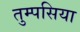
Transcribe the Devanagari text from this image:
तुम्पसिया